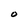
Character: O